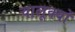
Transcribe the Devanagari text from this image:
चालूक्यों